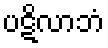
ပဋိလာဘံ